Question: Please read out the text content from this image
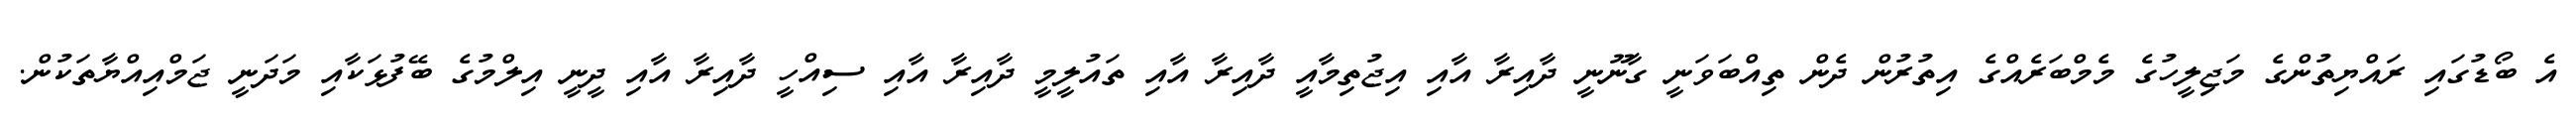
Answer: އެ ބޯޑުގައި ރައްޔިތުންގެ މަޖިލީހުގެ މެމްބަރެއްގެ އިތުރުން ދެން ތިއްބަވަނީ ގާނޫނީ ދާއިރާ އާއި އިޖުތިމާއީ ދާއިރާ އާއި ތައުލީމީ ދާއިރާ އާއި ސިއްހީ ދާއިރާ އާއި ދީނީ އިލްމުގެ ބޭފުޅަކާއި މަދަނީ ޖަމްއިއްޔާތަކުން.